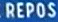
REPOS